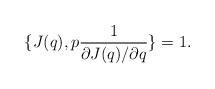
LaTeX: \begin{align*}\{ J(q), p {1 \over \partial J(q) / \partial q} \}=1.\end{align*}